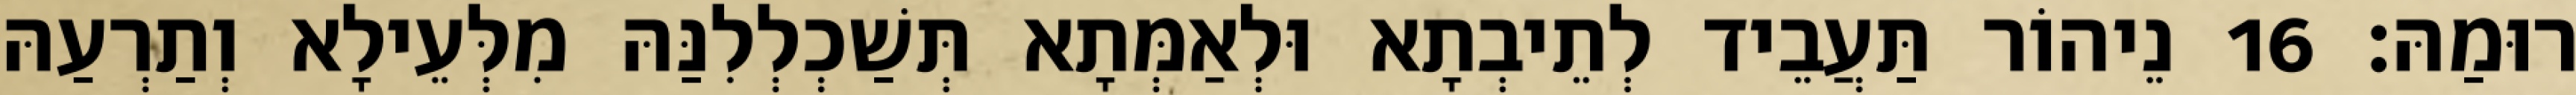
רוּמַהּ׃ 16 נֵיהוֹר תַּעֲבֵיד לְתֵיבְתָא וּלְאַמְּתָא תְּשַׁכְלְלִנַּהּ מִלְּעֵילָא וְתַרְעַהּ